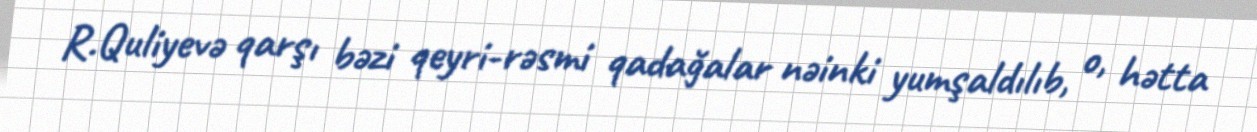
R.Quliyevə qarşı bəzi qeyri-rəsmi qadağalar nəinki yumşaldılıb, o, hətta